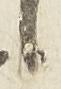
候